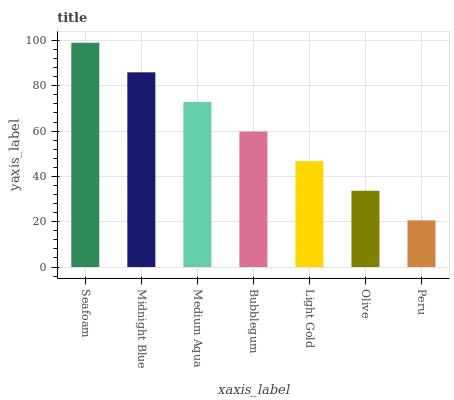
| xaxis_label | bars |
 | --- | --- |
 | Seafoam | 99 |
 | Midnight Blue | 85.9 |
 | Medium Aqua | 72.9 |
 | Bubblegum | 59.8 |
 | Light Gold | 46.7 |
 | Olive | 33.7 |
 | Peru | 20.6 |